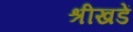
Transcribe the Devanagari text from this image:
श्रीखडें